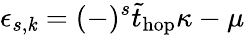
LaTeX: \epsilon_{s,\mathit{k}}=(-)^{s}\tilde{{t}}_{\mathrm{{hop}}}\kappa-\mu